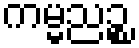
ကမ္မညဉ္စ